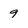
Character: 9